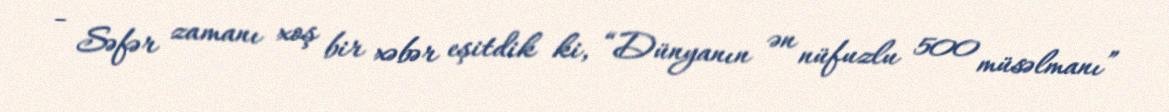
- Səfər zamanı xoş bir xəbər eşitdik ki, “Dünyanın ən nüfuzlu 500 müsəlmanı”